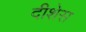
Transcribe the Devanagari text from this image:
दीशेस